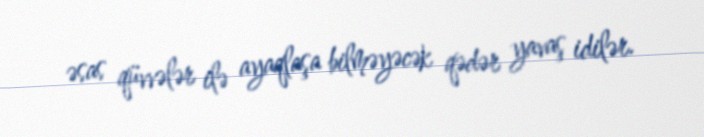
əsas qüvvələr ilə ayaqlaşa bilməyəcək qədər yavaş idilər.